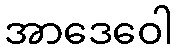
အာဒေဝေါ